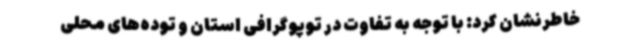
خاطرنشان کرد: با توجه به تفاوت در توپوگرافی استان و توده‌های محلی